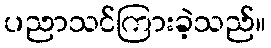
ပညာသင်ကြားခဲ့သည်။